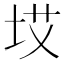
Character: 㘷